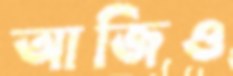
আজিও